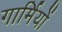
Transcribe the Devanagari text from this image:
गार्मियों